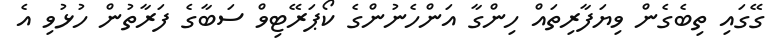
ގޭގައި ތިބެގެން ވިޔަފާރިތައް ހިންގާ އަންހެނުންގެ ކޯޕަރޭޓިވް ސަބާގެ ފަރާތުން ހުޅުވި އެ